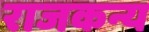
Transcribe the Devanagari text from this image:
राजकन्य